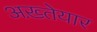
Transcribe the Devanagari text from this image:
अख़्तेयार